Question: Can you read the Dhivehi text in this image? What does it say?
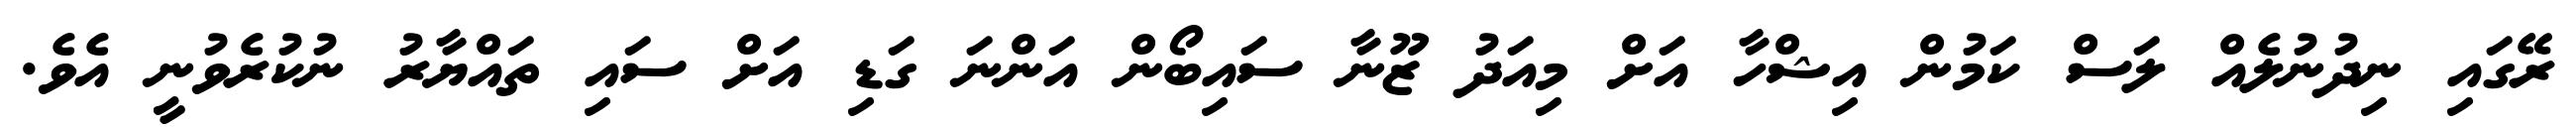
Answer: ރޭގައި ނިދުނުލެއް ލަސް ކަމުން އިޝްހާ އަށް މިއަދު ޒޫނާ ސައިބޯން އަންނަ ގަޑި އަށް ސައި ތައްޔާރު ނުކުރެވުނީ އެވެ.